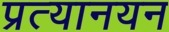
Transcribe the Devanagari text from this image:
प्रत्यानयन